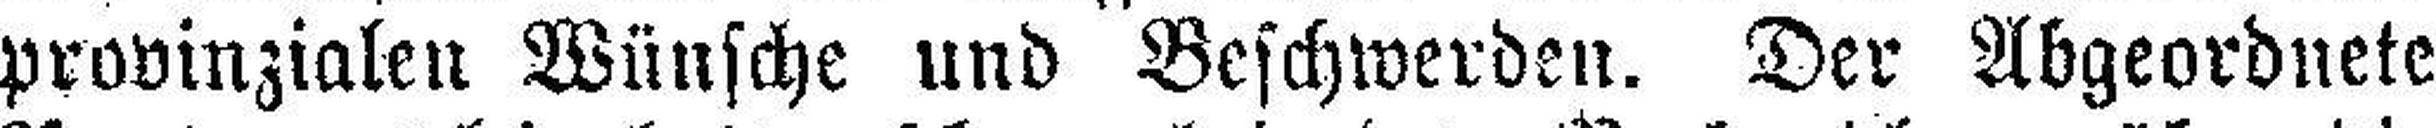
provinzialen Wünsche und Beschwerden. Der Abgeordnete